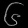
Digit: ၆